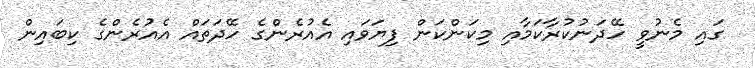
ގައި މެނުވީ ހޭދަނުކުރާކަމާއި މިކަންކަން ފިޔަވައި އެއުރެންގެ ހޭދަތައް އެއުރެންގެ ކިބައިން